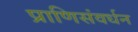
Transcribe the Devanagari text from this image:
प्राणिसंवर्धन